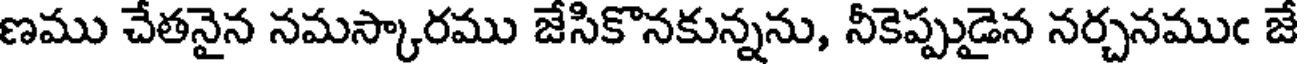
ణము చేతనైన నమస్కారము జేసికొనకున్నను, నీకెప్పుడైన నర్చనముఁ జే